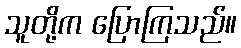
သူတို့က ပြောကြသည်။